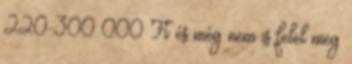
220-300 000 Ft és még nem is felel meg